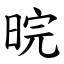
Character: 晥